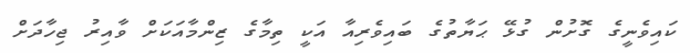
ކައިވެނީގެ ގޮށުން ގުޅޭ ޙަޔާތުގެ ބައިވެރިއާ އަކީ ތިމާގެ ޒިންމާއަކަށް ވާއިރު ޖިހާދަށް